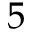
5